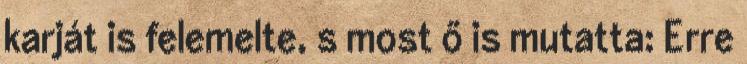
karját is felemelte, s most ő is mutatta: Erre